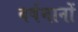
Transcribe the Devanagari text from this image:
वर्षमानों